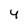
Character: 4